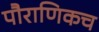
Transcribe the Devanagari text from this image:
पौराणिकच